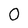
Character: 0